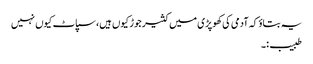
یہ بتاوٴ کہ آدمی کی کھوپڑی میں کثیر جوڑ کیوں ہیں،سپاٹ کیوں نہیں
طبیب:۔